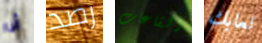
أنا رصد القاعات لعابك